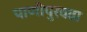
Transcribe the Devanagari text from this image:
पाणीपुरवढा